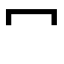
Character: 冖